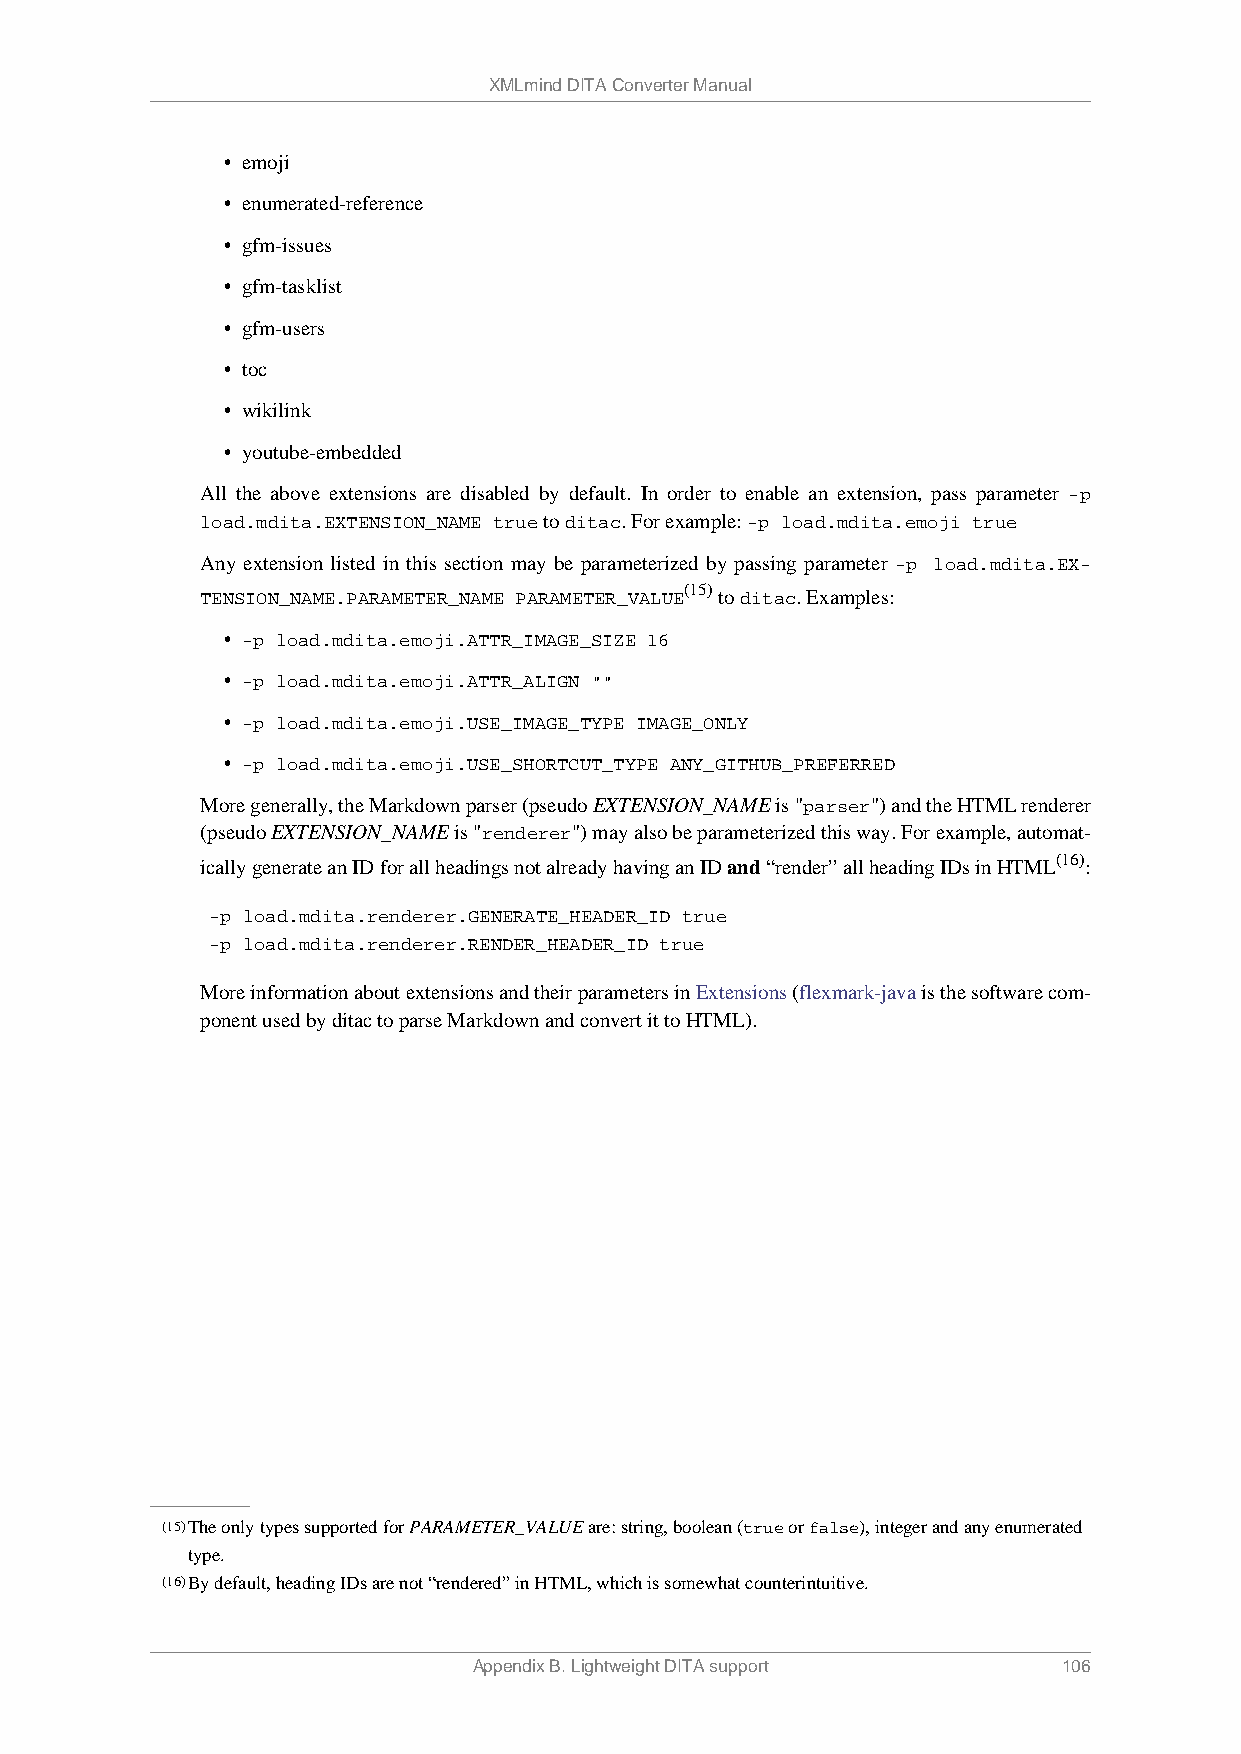
XMLmind DITA Converter Manual
 • emoji
 • enumerated-reference
 • gfm-issues
 • gfm-tasklist
 • gfm-users
 • toc
 • wikilink
 • youtube-embedded
 All the above extensions are disabled by default. In order to enable an extension, pass parameter -p
 load.mdita.EXTENSION_NAME true to ditac. For example: -p load.mdita.emoji true
 Any extension listed in this section may be parameterized by passing parameter -p load.mdita.EX-
 (15)
 TENSION_NAME.PARAMETER_NAME PARAMETER_VALUE to ditac. Examples:
 • -p load.mdita.emoji.ATTR_IMAGE_SIZE 16
 • -p load.mdita.emoji.ATTR_ALIGN ""
 • -p load.mdita.emoji.USE_IMAGE_TYPE IMAGE_ONLY
 • -p load.mdita.emoji.USE_SHORTCUT_TYPE ANY_GITHUB_PREFERRED
 More generally, the Markdown parser (pseudo EXTENSION_NAME is "parser") and the HTML renderer
 (pseudo EXTENSION_NAME is "renderer") may also be parameterized this way. For example, automat-
 (16)
 ically generate an ID for all headings not already having an ID and “render” all heading IDs in HTML :
 -p load.mdita.renderer.GENERATE_HEADER_ID true
 -p load.mdita.renderer.RENDER_HEADER_ID true
 More information about extensions and their parameters in Extensions (flexmark-java is the software com-
 ponent used by ditac to parse Markdown and convert it to HTML).
 (15)The only types supported for PARAMETER_VALUE are: string, boolean (true or false), integer and any enumerated
 type.
 (16)By default, heading IDs are not “rendered” in HTML, which is somewhat counterintuitive.
 Appendix B. Lightweight DITA support   106